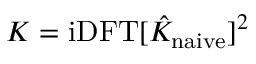
K = \mathrm { i D F T } [ \hat { K } _ { \mathrm { n a i v e } } ] ^ { 2 }